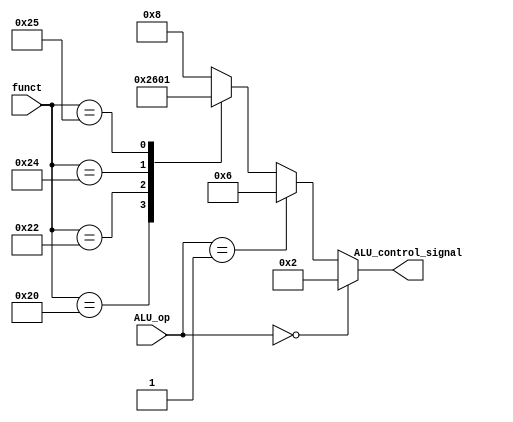
/*
ALU_op      Instruction     Operation  
00          lw, sw          add
01          beq             sub
10          all R format    according to funct

funct       Operation       ALU_control
100000      add             0010
100010      sub             0110
100100      AND             0000
100101      OR              0001
*/

module ALU_ctrl (
    input [1:0] ALU_op,
    input [5:0] funct,
    output reg [3:0] ALU_control_signal
);

always @ (*)
begin
    if(ALU_op == 2'b00)
    begin
        ALU_control_signal <= 4'b0010;
    end
    
    else if(ALU_op == 2'b01)
    begin
        ALU_control_signal <= 4'b0110;
    end
    
    else
    begin
        case(funct)
            6'b100000: ALU_control_signal <= 4'b0010;
            6'b100010: ALU_control_signal <= 4'b0110;
            6'b100100: ALU_control_signal <= 4'b0000;
            6'b100101: ALU_control_signal <= 4'b0001;
            default:   ALU_control_signal <= 4'b1000;
        endcase 
    end
end   

endmodule